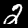
Label: 2